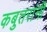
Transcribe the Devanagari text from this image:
कबुतरांनी